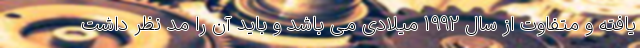
یافته و متفاوت از سال 1992 میلادی می باشد و باید آن را مد نظر داشت